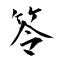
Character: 笭